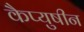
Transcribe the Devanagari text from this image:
कैप्युषीन